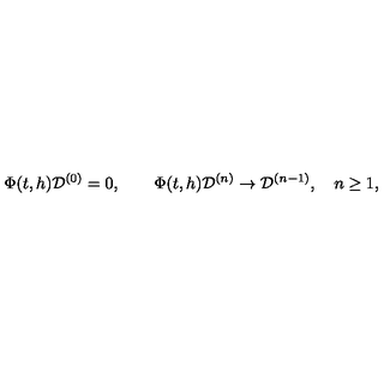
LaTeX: \Phi ( t , h ) { \cal D } ^ { ( 0 ) } = 0 , \qquad \Phi ( t , h ) { \cal D } ^ { ( n ) } \rightarrow { \cal D } ^ { ( n - 1 ) } , \quad n \geq 1 , \nonumber